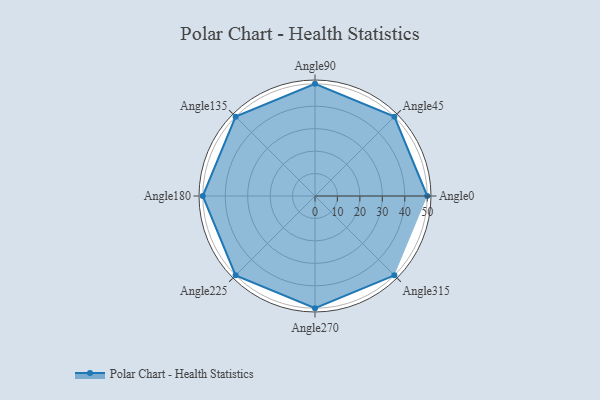
{"axis": {"x": "Angle", "y": "Radius"}, "legend": [""], "data": [{"x": "Angle0", "y": 50, "type": ""}, {"x": "Angle45", "y": 50, "type": ""}, {"x": "Angle90", "y": 50, "type": ""}, {"x": "Angle135", "y": 50, "type": ""}, {"x": "Angle180", "y": 50.0, "type": ""}, {"x": "Angle225", "y": 50, "type": ""}, {"x": "Angle270", "y": 50, "type": ""}, {"x": "Angle315", "y": 50, "type": ""}]}